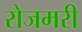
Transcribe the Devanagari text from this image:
रोजमरी